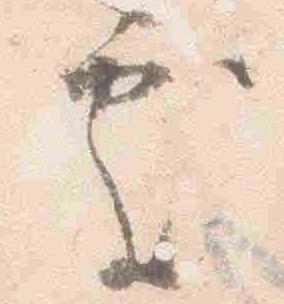
処